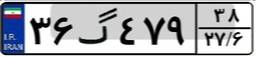
۳۶گ۴۷۹۳۸